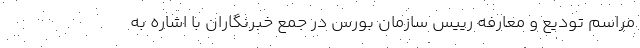
مراسم تودیع و معارفه رییس سازمان بورس در جمع خبرنگاران با اشاره به